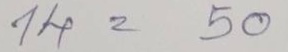
14 = 50